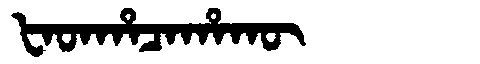
Manchu: ᡶᠠᡨᡥᠠᠴᠠᡥᠠᡴᡡ
Romanization: FATHACAHAKŪ